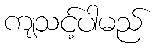
ကျသင့်ပါမည်